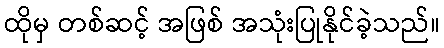
ထိုမှ တစ်ဆင့် အဖြစ် အသုံးပြုနိုင်ခဲ့သည်။